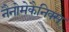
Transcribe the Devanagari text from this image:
नैनोमेकैनिक्स्